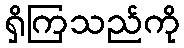
ရှိကြသည်ကို